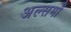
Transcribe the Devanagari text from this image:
अल्समाँ